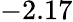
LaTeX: -2.17